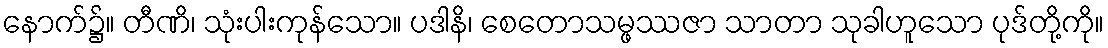
နောက်၌။ တီဏိ၊ သုံးပါးကုန်သော။ ပဒါနိ၊ စေတောသမ္ဖဿဇာ သာတာ သုခါဟူသော ပုဒ်တို့ကို။